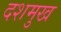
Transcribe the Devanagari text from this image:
दशमुख